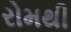
રોમથી